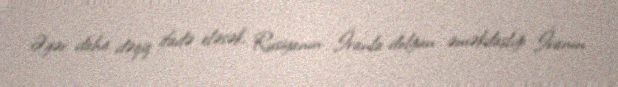
Əgər daha dəqiq ifadə eləsək, Rusiyanın İranla dolğun əməkdaşlığı İranın